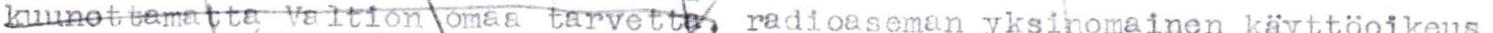
kuunottamatta Valtion omaa tarvetta, radioaseman yksinomainen käyttöoikeus